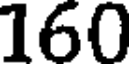
160